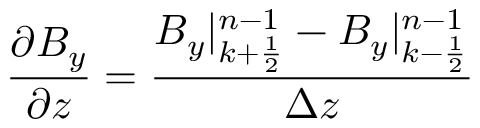
\frac { \partial B _ { y } } { \partial z } = \frac { B _ { y } | _ { k + \frac { 1 } { 2 } } ^ { n - 1 } - B _ { y } | _ { k - \frac { 1 } { 2 } } ^ { n - 1 } } { \Delta z }